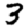
Digit: 3